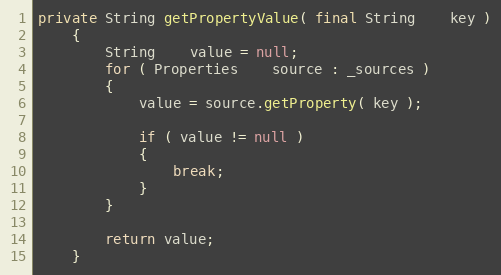
Language: Java
private String getPropertyValue( final String    key )
    {
        String    value = null;
        for ( Properties    source : _sources )
        {
            value = source.getProperty( key );

            if ( value != null )
            {
                break;
            }
        }

        return value;
    }